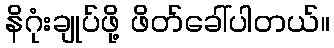
နိဂုံးချုပ်ဖို့ ဖိတ်ခေါ်ပါတယ်။